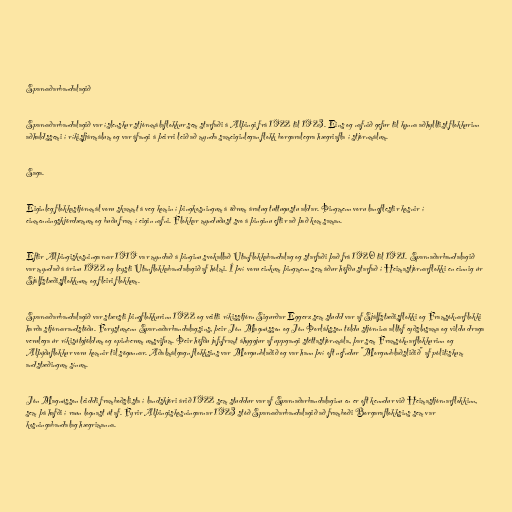
Sparnaðarbandalagið

Sparnaðarbandalagið var íslenskur stjórnmálaflokkur sem starfaði á Alþingi frá 1922 til 1923. Eins og nafnið gefur til kynna aðhylltist flokkurinn
aðhaldssemi í ríkisfjármálum og var áfangi á þeirri leið að mynda sameiginlegan flokk borgaralegra hægriafla í stjórnmálum.

Saga.

Eiginleg flokkastjórnmál voru skammt á veg komin í þingkosningum á öðrum áratug tuttugustu aldar. Þingmenn voru langflestir kosnir í
einmenningskjördæmum og buðu fram í eigin nafni. Flokkar mynduðust svo á þinginu eftir að það kom saman.

Eftir Alþingiskosningarnar 1919 var myndað á þinginu svokallað Utanflokkabandalag og starfaði það frá 1920 til 1921. Sparnaðarbandalagið
var myndað á árinu 1922 og leysti Utanflokkabandalagið af hólmi. Í því voru einkum þingmenn sem áður höfðu starfað í Heimastjórnarflokki en einnig úr
Sjálfstæðisflokknum og fleiri flokkum.

Sparnaðarbandalagið var stærsti þingflokkurinn 1922 og veitti ríkisstjórn Sigurðar Eggerz sem studd var af Sjálfstæðisflokki og Framsóknarflokki
harða stjórnarandstöðu. Forystumenn Sparnaðarbandalagsins, þeir Jón Magnússon og Jón Þorláksson töldu stjórnina alltof eyðslusama og vildu draga
verulega úr ríkisútgjöldum og opinberum umsvifum. Þeir höfðu jafnframt áhyggjur af uppgangi stéttastjórnmála, þar sem Framsóknarflokkurinn og
Alþýðuflokkur voru komnir til sögunnar. Aðalmálgagn flokksins var Morgunblaðið og var hann því oft nefndur "Morgunblaðsliðið" af pólitískum
andstæðingum sínum.

Jón Magnússon leiddi framboðslista í landskjöri árið 1922 sem studdur var af Sparnaðarbandalaginu en er oft kenndur við Heimastjórnarflokkinn,
sem þá hafði í raun lognast út af. Fyrir Alþingiskosningarnar 1923 stóð Sparnaðarbandalagið að framboði Borgaraflokksins sem var
kosningabandalag hægrimanna.